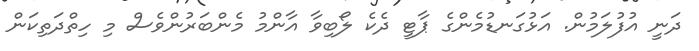
ދަނީ އުފުލަމުން. އަޅުގަނޑުމެންގެ ޕާޓީ ދެކެ ލޯބިވާ އާންމު މެންބަރުންވެސް މި ހިތްދަތިކަން